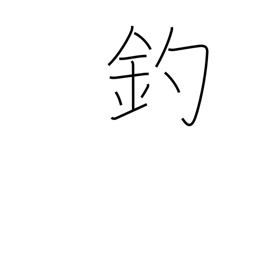
Meaning: ensnare